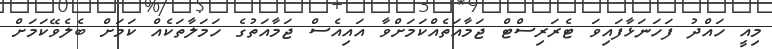
މިއީ ހައްދު ފަހަނަޅާފައިވަ ޓެރަރިސްޓް ޖަމާއަތެއްކަމަށްވާ އައިއެސް ޖަމާއަތުގެ ހަމަލާތަކެއް ކަމަށް ބެލެވޭކަމަށް